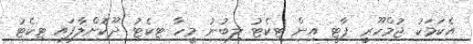
އެކަމަކު ޖުމްހޫރީ ޕާޓީ އިން ޓިކެޓު ލިބުނު މީހާ ޓިކެޓު ދޫކޮށްލާފައި ޓިކެޓު